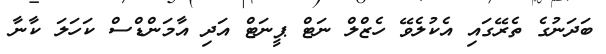
ބަދަނުގެ ތެރޭގައި އެކުލެވޭ ހެޒްލް ނަޓް ޕީނަޓް އަދި އާމަންޑްސް ކަހަލަ ކާނާ